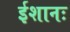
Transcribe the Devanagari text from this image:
ईशानः